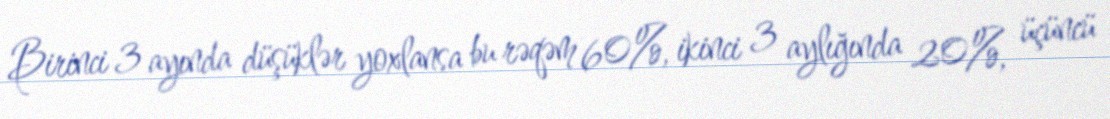
Birinci 3 ayında düşüklər yoxlansa bu rəqəm 60%, ikinci 3 aylığında 20%, üçüncü